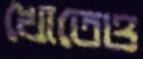
খোতেও